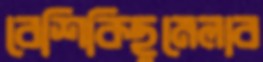
বেশিকিছুমেলাব